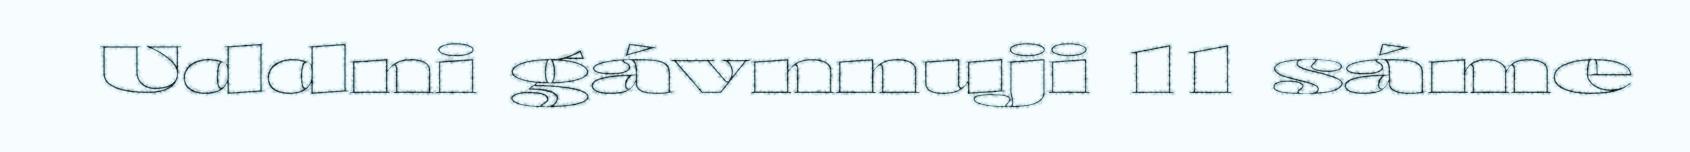
Uddni gávnnuji 11 sáme